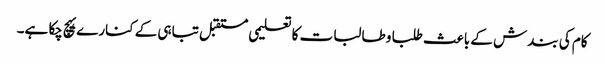
کام کی بندش کے باعث طلبا و طالبات کا تعلیمی مستقبل تباہی کے کنارے پہچ چکا ہے۔